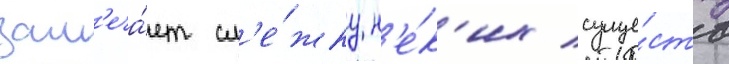
зам'еча́ет сл'е́жку н'е́к'их суще́ств